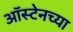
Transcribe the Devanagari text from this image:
ऑस्टेनच्या